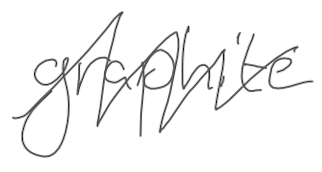
Text: graphite
Cross-out: zig-zag
Writing tool: digital_gray